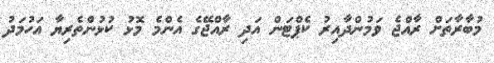
މުބާރާތަށް ރާއްޖެ ވަމުންދާއިރު ކެޕްޓަން އަދި ރާއްޖޭގެ އެންމެ މޮޅު ކުޅުންތެރިޔާ އަހުމަދު